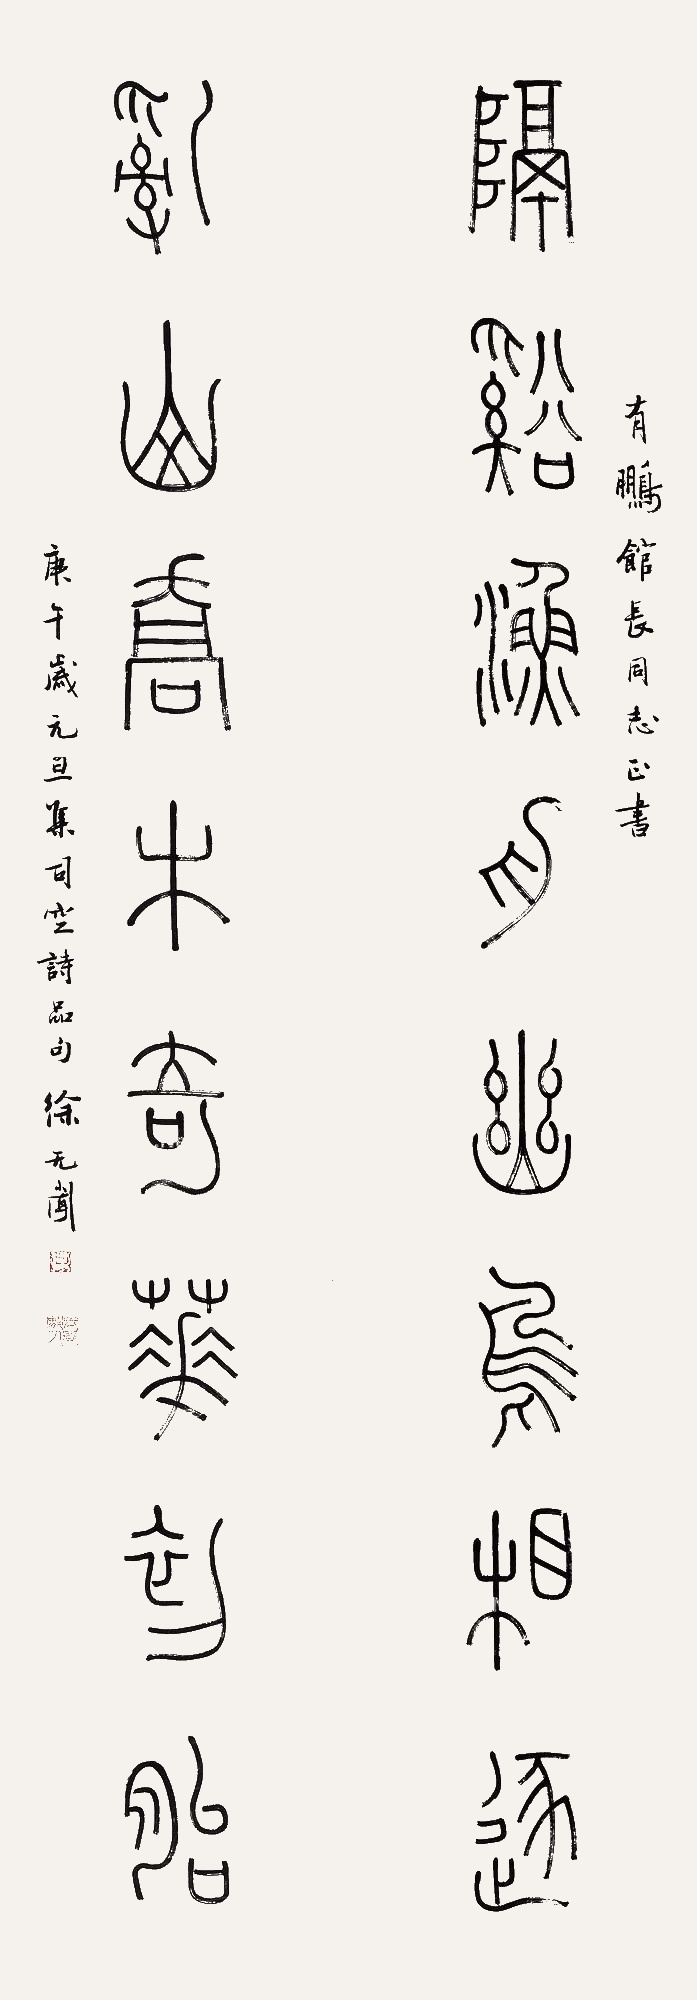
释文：隔溪渔舟幽鸟相逐，乱山乔木奇花初胎。有鹏馆长同志正书，庚午岁元旦，集司空诗品句徐无闻。